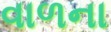
વાળના